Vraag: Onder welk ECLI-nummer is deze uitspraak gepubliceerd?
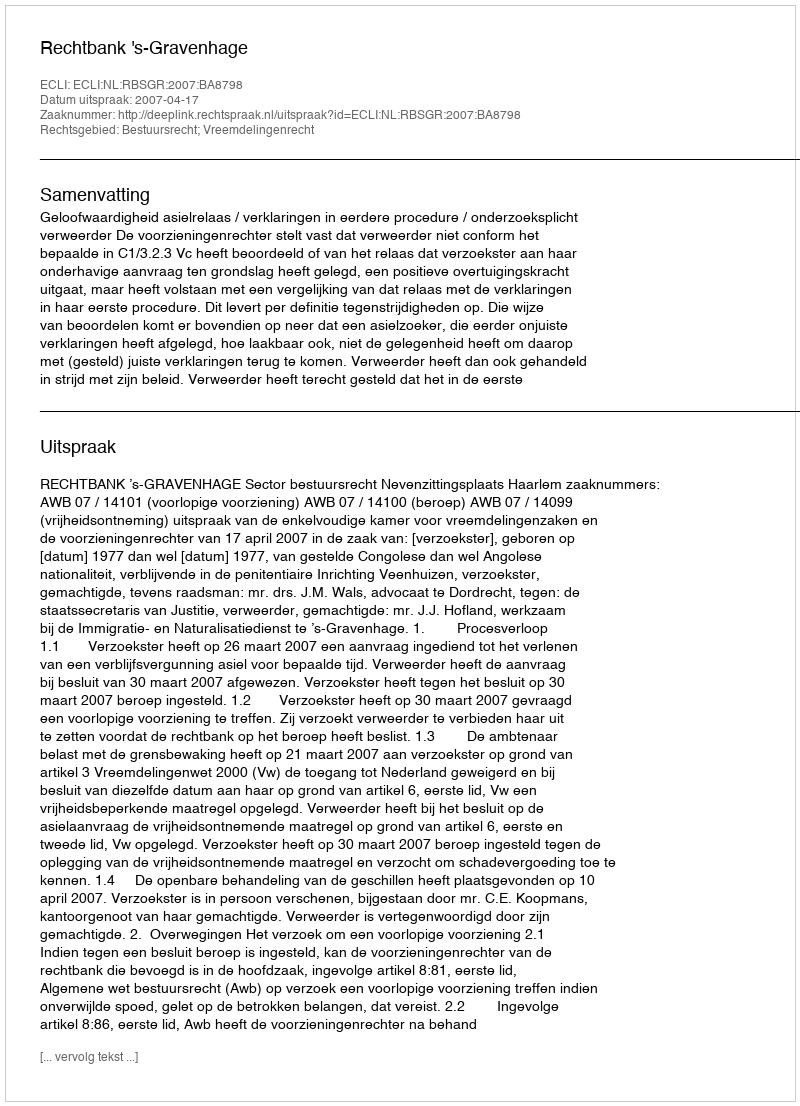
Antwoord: ECLI:NL:RBSGR:2007:BA8798